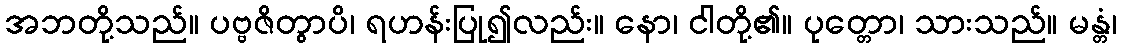
အဘတို့သည်။ ပဗ္ဗဇိတွာပိ၊ ရဟန်းပြု၍လည်း။ နော၊ ငါတို့၏။ ပုတ္တော၊ သားသည်။ မန္တံ၊